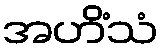
အဟိံသံ